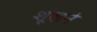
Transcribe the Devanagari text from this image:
शूलर्न